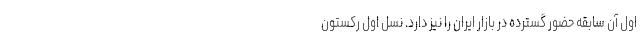
اول آن سابقه حضور گسترده در بازار ایران را نیز دارد. نسل اول رکستون